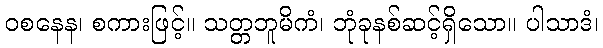
ဝစနေန၊ စကားဖြင့်။ သတ္တဘူမိကံ၊ ဘုံခုနစ်ဆင့်ရှိသော။ ပါသာဒံ၊